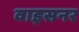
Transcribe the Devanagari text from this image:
वाइसनर